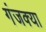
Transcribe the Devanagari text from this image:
गंजक्या